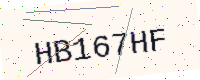
Text: HB167HF